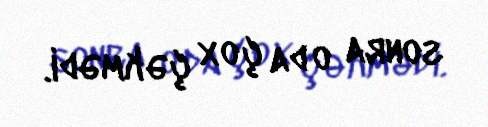
sonra o da çox çəkmədi.